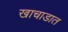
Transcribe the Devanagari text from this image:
खाचाडात